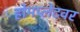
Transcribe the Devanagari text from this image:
होमप्लेटवर